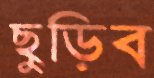
ছুড়িব